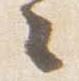
々